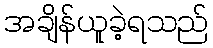
အချိန်ယူခဲ့ရသည်